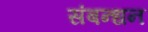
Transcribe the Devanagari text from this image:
संबन्धन